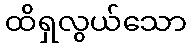
ထိရှလွယ်သော